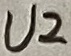
Text: U2